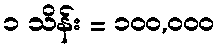
၁ သိန်း = ၁၀၀,၀၀၀